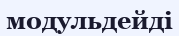
модульдейді